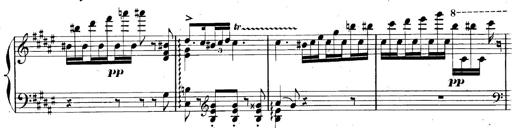
Title: AnnÃ©es de pÃ¨lerinage II, SupplÃ©ment
Composer: Franz Liszt